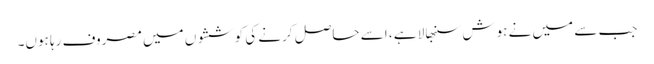
جب سے میں نے ہوش سنبھالا ہے ، اسے حاصل کرنے کی کوششوں میں مصروف رہا ہوں۔